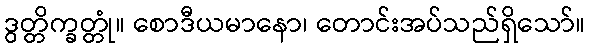
ဒွတ္တိက္ခတ္တုံ။ စောဒီယမာနော၊ တောင်းအပ်သည်ရှိသော်။